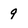
Character: 9